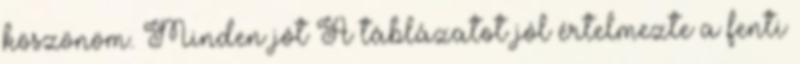
köszönöm. Minden jót A táblázatot jól értelmezte a fenti